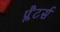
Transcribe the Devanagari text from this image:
प्लैटर्स